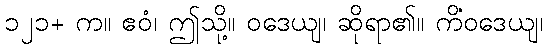
၁၂၁+ က။ ဧဝံ၊ ဤသို့။ ဝဒေယျ၊ ဆိုရာ၏။ ကိံဝဒေယျ၊